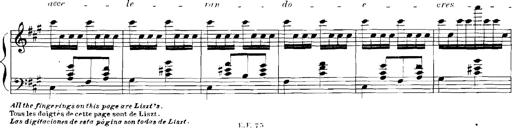
Title: Rhapsodies hongroises
Composer: Franz Liszt